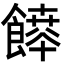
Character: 𩞳